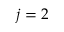
j = 2